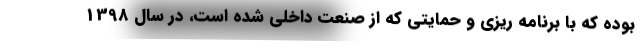
بوده که با برنامه ریزی و حمایتی که از صنعت داخلی شده است، در سال 1398